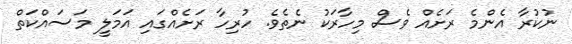
ނުކުރާ އެންމެ ރަށެއް ވެސް މިހާރަކު ނެތެވެ. ހުރިހާ ރަށެއްގައި އަމަލީ މަސައްކަތް